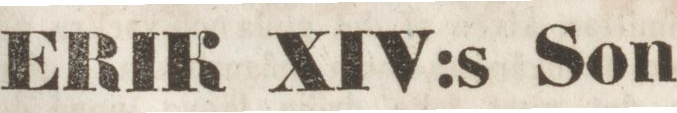
ERIK XIV:s Son.